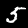
Digit: 5